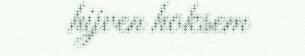
hijven hoksem